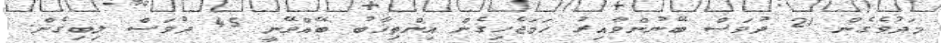
މަދުވެގެން 21 ދުވަސް ބޭނުންވާއިރު ހަމަޖެހިގެން އިންތިޚާބު ބޭއްވޭނީ 45 ދުވަސް ލިބިގެން.